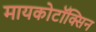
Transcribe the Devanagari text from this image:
मायकोटॉक्सिन